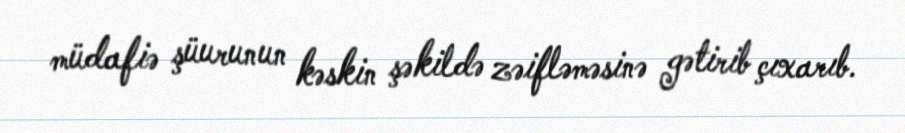
müdafiə şüurunun kəskin şəkildə zəifləməsinə gətirib çıxarıb.